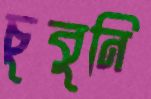
চুবুনি